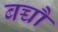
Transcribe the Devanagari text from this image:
बच्चौ